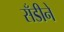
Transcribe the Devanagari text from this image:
सँडीने